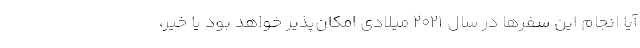
آیا انجام این سفرها در سال ۲۰۲۱ میلادی امکان‌پذیر خواهد بود یا خیر،